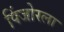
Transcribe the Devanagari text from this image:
पिंजोरला